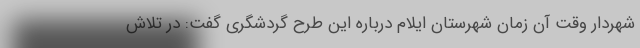
شهردار وقت آن زمان شهرستان ایلام درباره‌ این طرح گردشگری گفت: در تلاش